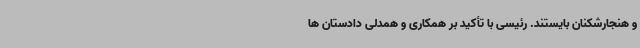
و هنجارشکنان بایستند. رئیسی با تأکید بر همکاری و همدلی دادستان ها